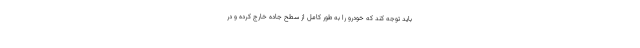
باید توجه کند که خودرو را به طور کامل از سطح جاده خارج کرده و در